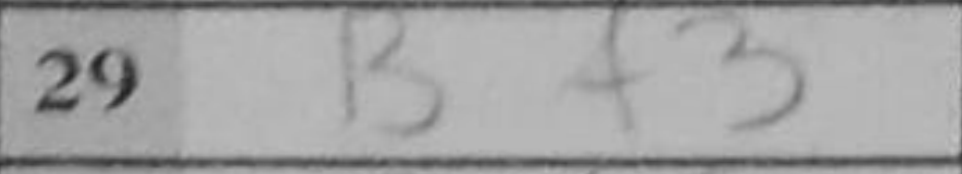
Transcription: Bf3